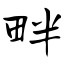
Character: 畔